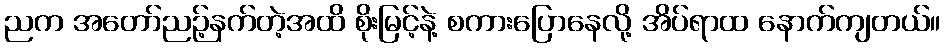
ညက အတော်ညဉ့်နက်တဲ့အထိ စိုးမြင့်နဲ့ စကားပြောနေလို့ အိပ်ရာထ နောက်ကျတယ်။